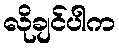
လိုချင်ပါက